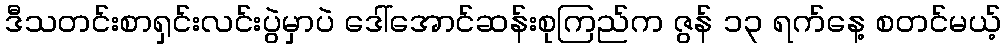
ဒီသတင်းစာရှင်းလင်းပွဲမှာပဲ ဒေါ်အောင်ဆန်းစုကြည်က ဇွန် ၁၃ ရက်နေ့ စတင်မယ့်